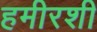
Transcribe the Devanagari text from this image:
हमीरशी